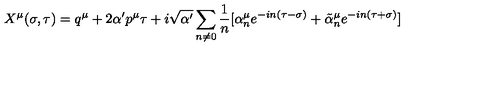
X ^ { \mu } ( \sigma , \tau ) = q ^ { \mu } + 2 \alpha ^ { \prime } p ^ { \mu } \tau + i \sqrt { \alpha ^ { \prime } } \sum _ { n \neq 0 } \frac { 1 } { n } [ \alpha _ { n } ^ { \mu } e ^ { - i n ( \tau - \sigma ) } + \tilde { \alpha } _ { n } ^ { \mu } e ^ { - i n ( \tau + \sigma ) } ]